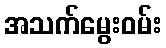
အသက်မွေးဝမ်း